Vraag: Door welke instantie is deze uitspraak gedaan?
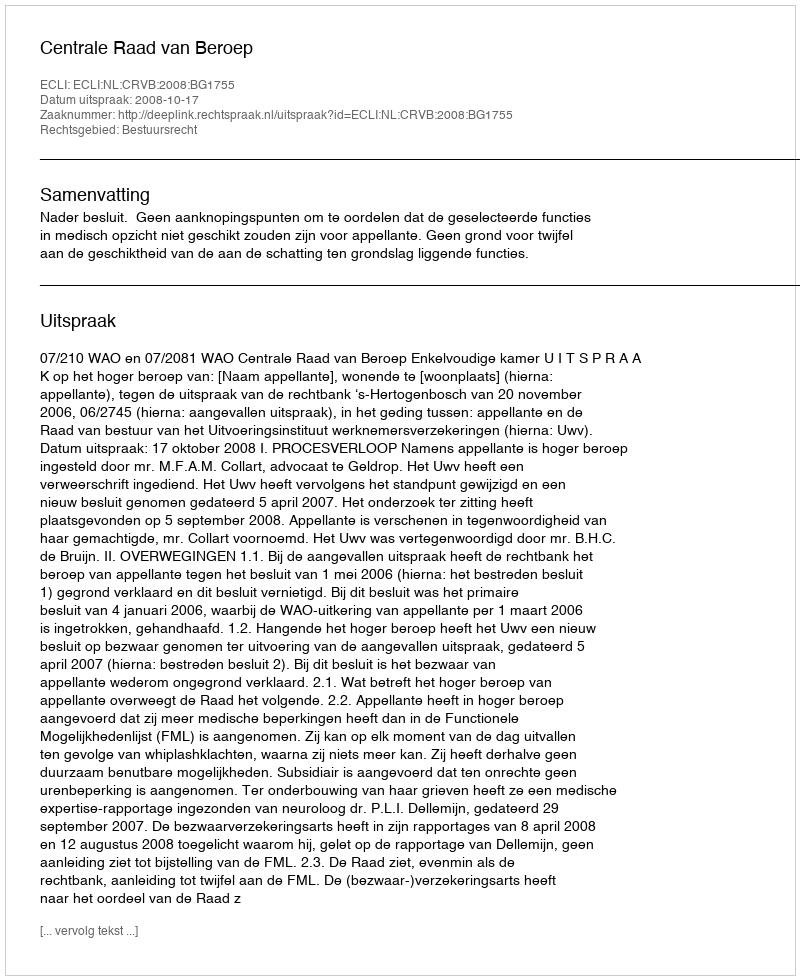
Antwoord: Centrale Raad van Beroep